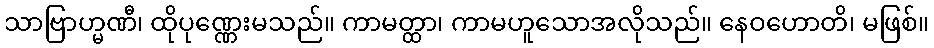
သာဗြာဟ္မဏီ၊ ထိုပုဏ္ဏေးမသည်။ ကာမတ္ထာ၊ ကာမဟူသောအလိုသည်။ နေဝဟောတိ၊ မဖြစ်။